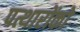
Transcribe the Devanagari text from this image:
पत्थारोंको